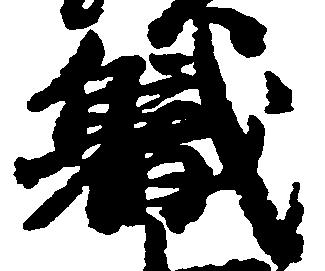
職